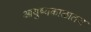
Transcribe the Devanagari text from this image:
आयुष्यकाळातच